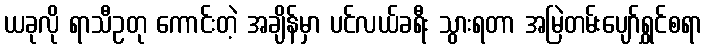
ယခုလို ရာသီဥတု ကောင်းတဲ့ အချိန်မှာ ပင်လယ်ခရီး သွားရတာ အမြဲတမ်းပျော်ရွှင်စရာ